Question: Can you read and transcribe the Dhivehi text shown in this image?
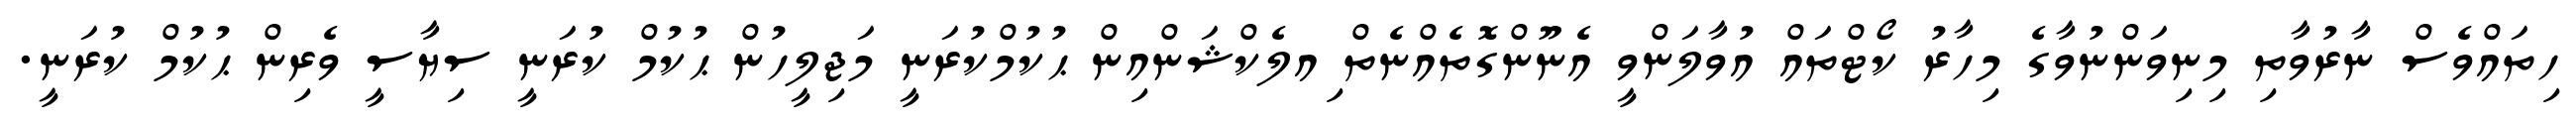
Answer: ހިތައްވެސް ނާރުވާތި މިނިވަންނުވާގެ މިހާރު ކޯޓްތައް އުވާލަންވީ އެނޫންގޮތެއްނެތް ިއލެކްޝަންއިން ޙުކުމްކުރަނީ މަޖިލީހުން ޙުކުމް ކުރަނީ ސިޔާސީ ވެރިން ޙުކުމް ކުރަނީ.